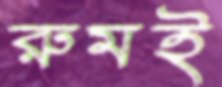
রুমই